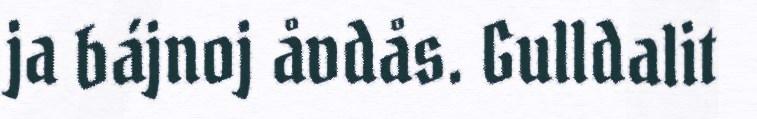
ja bájnoj åvdås. Gulldalit